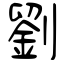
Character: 劉